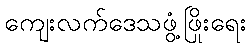
ကျေးလက်ဒေသဖွံ့ဖြိုးရေး